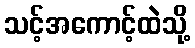
သင့်အကောင့်ထဲသို့